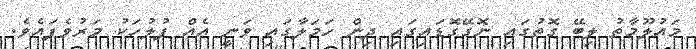
މައުލޫމާތު ލިބޭ ގޮތުގައި ނޮގޭގޮޑައިގައި ދިން ހަމަލާގައި ވަނީ އެއް ފުލުހަކު މަރުވެފައެވެ.